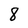
Character: 8